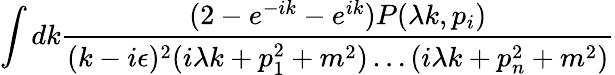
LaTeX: \int dk\frac{(2-e^{-ik}-e^{ik})P(\lambda k,p_{i})}{(k-i\epsilon)^{2}(i\lambda k+p_{1}^{2}+m^{2})\ldots(i\lambda k+p_{n}^{2}+m^{2})}